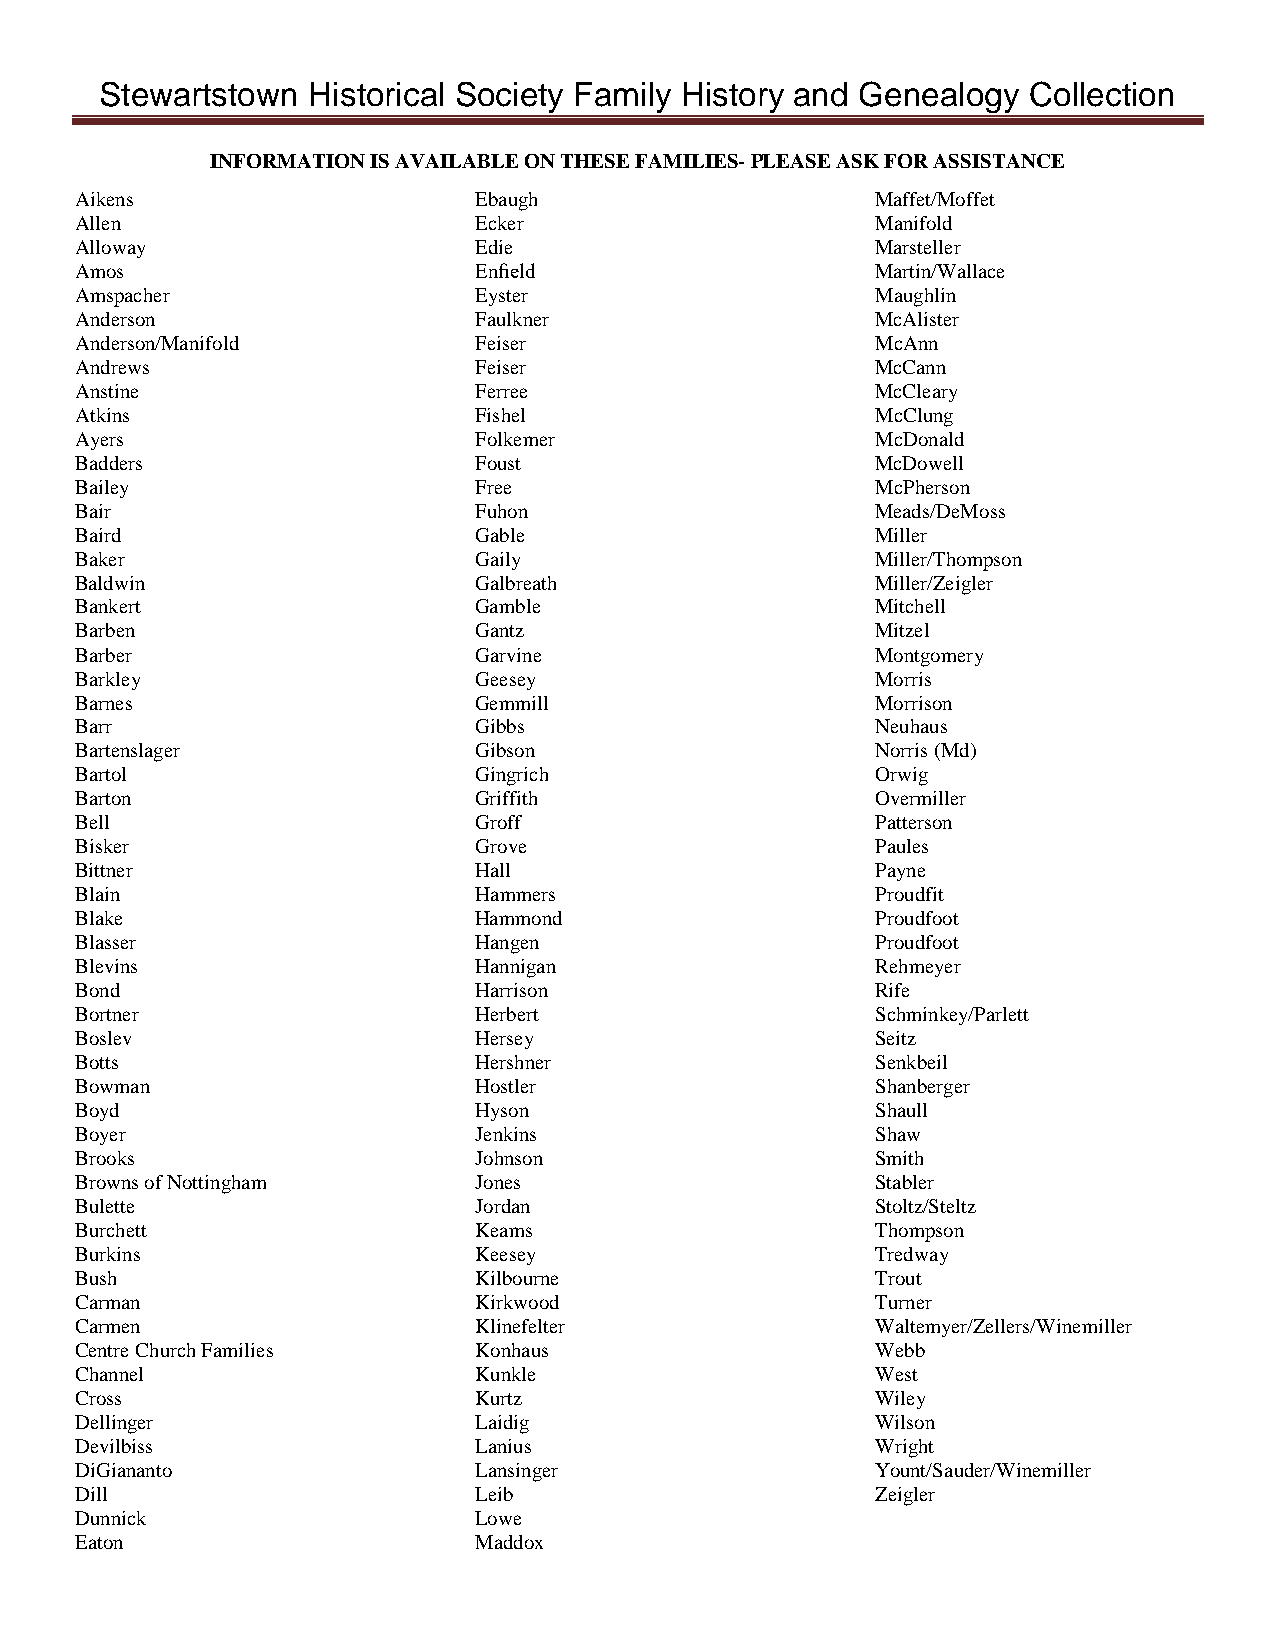
Stewartstown Historical Society Family History and Genealogy Collection
 INFORMATION IS AVAILABLE ON THESE FAMILIES- PLEASE ASK FOR ASSISTANCE
 Aikens                    Ebaugh                     Maffet/Moffet
 Allen                     Ecker                      Manifold
 Alloway                   Edie                       Marsteller
 Amos                      Enfield                    Martin/Wallace
 Amspacher                 Eyster                     Maughlin
 Anderson                  Faulkner                   McAlister
 Anderson/Manifold         Feiser                     McAnn
 Andrews                   Feiser                     McCann
 Anstine                   Ferree                     McCleary
 Atkins                    Fishel                     McClung
 Ayers                     Folkemer                   McDonald
 Badders                   Foust                      McDowell
 Bailey                    Free                       McPherson
 Bair                      Fuhon                      Meads/DeMoss
 Baird                     Gable                      Miller
 Baker                     Gaily                      Miller/Thompson
 Baldwin                   Galbreath                  Miller/Zeigler
 Bankert                   Gamble                     Mitchell
 Barben                    Gantz                      Mitzel
 Barber                    Garvine                    Montgomery
 Barkley                   Geesey                     Morris
 Barnes                    Gemmill                    Morrison
 Barr                      Gibbs                      Neuhaus
 Bartenslager              Gibson                     Norris (Md)
 Bartol                    Gingrich                   Orwig
 Barton                    Griffith                   Overmiller
 Bell                      Groff                      Patterson
 Bisker                    Grove                      Paules
 Bittner                   Hall                       Payne
 Blain                     Hammers                    Proudfit
 Blake                     Hammond                    Proudfoot
 Blasser                   Hangen                     Proudfoot
 Blevins                   Hannigan                   Rehmeyer
 Bond                      Harrison                   Rife
 Bortner                   Herbert                    Schminkey/Parlett
 Boslev                    Hersey                     Seitz
 Botts                     Hershner                   Senkbeil
 Bowman                    Hostler                    Shanberger
 Boyd                      Hyson                      Shaull
 Boyer                     Jenkins                    Shaw
 Brooks                    Johnson                    Smith
 Browns of Nottingham      Jones                      Stabler
 Bulette                   Jordan                     Stoltz/Steltz
 Burchett                  Keams                      Thompson
 Burkins                   Keesey                     Tredway
 Bush                      Kilbourne                  Trout
 Carman                    Kirkwood                   Turner
 Carmen                    Klinefelter                Waltemyer/Zellers/Winemiller
 Centre Church Families    Konhaus                    Webb
 Channel                   Kunkle                     West
 Cross                     Kurtz                      Wiley
 Dellinger                 Laidig                     Wilson
 Devilbiss                 Lanius                     Wright
 DiGiananto                Lansinger                  Yount/Sauder/Winemiller
 Dill                      Leib                       Zeigler
 Dunnick                   Lowe
 Eaton                     Maddox